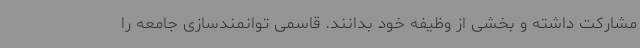
مشارکت داشته و بخشی از وظیفه خود بدانند. قاسمی توانمندسازی جامعه را